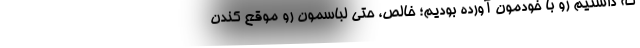
كه داشتيم رو با خودمون آورده بوديم؛ خالص، حتي لباسمون رو موقع كندن